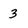
Character: 3